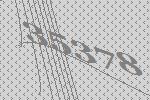
35378